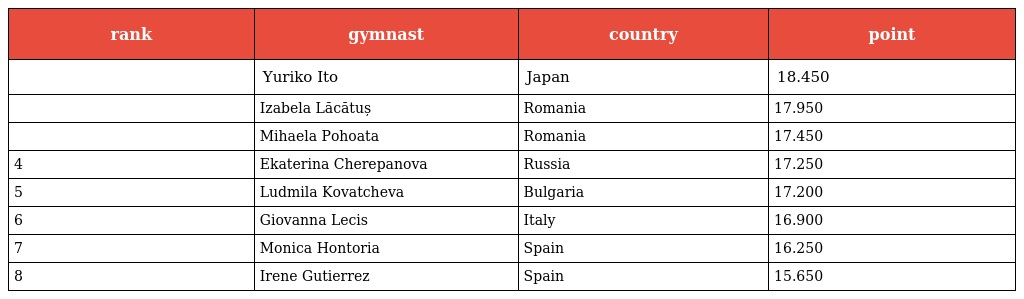
| rank | gymnast | country | point |
 | --- | --- | --- | --- |
 |  | Yuriko Ito | Japan | 18.450 |
 |  | Izabela Lăcătuș | Romania | 17.950 |
 |  | Mihaela Pohoata | Romania | 17.450 |
 | 4 | Ekaterina Cherepanova | Russia | 17.250 |
 | 5 | Ludmila Kovatcheva | Bulgaria | 17.200 |
 | 6 | Giovanna Lecis | Italy | 16.900 |
 | 7 | Monica Hontoria | Spain | 16.250 |
 | 8 | Irene Gutierrez | Spain | 15.650 |